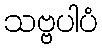
သဗ္ဗပါပံ